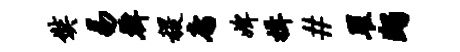
奘易韩稷庸婢揖#瞿蠲